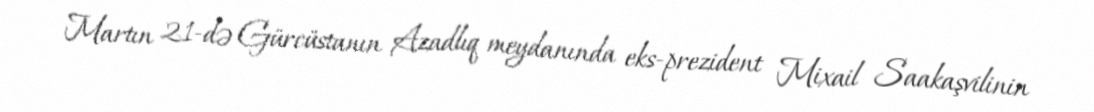
Martın 21-də Gürcüstanın Azadlıq meydanında eks-prezident Mixail Saakaşvilinin